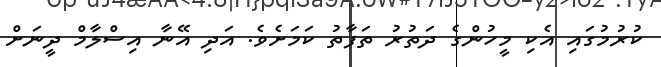
ކުރުމުގައި އެކި މީހުންގެ ދަތުރު ތަފާތު ކަމަށެވެ. އަދި އޭނާ އިސްލާމް ދީނަށް